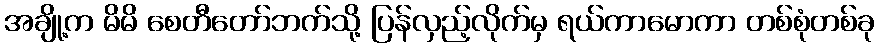
အချို့က မိမိ စေတီတော်ဘက်သို့ ပြန်လှည့်လိုက်မှ ရယ်ကာမောကာ တစ်စုံတစ်ခု